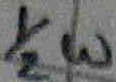
Text: 1/2W